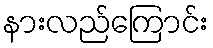
နားလည်ကြောင်း